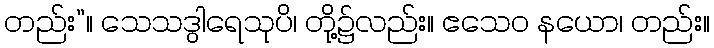
တည်း”။ သေသဒွါရေသုပိ၊ တို့၌လည်း။ ဧသေဝ နယော၊ တည်း။